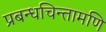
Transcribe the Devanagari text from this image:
प्रबन्धचिन्तामणि